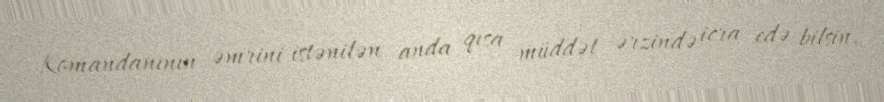
Komandanının əmrini istənilən anda qısa müddət ərzində icra edə bilsin.